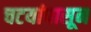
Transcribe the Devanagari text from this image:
चटयांपासून